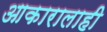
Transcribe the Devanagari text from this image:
आकारालाही